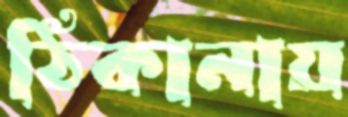
ঠিকানায়